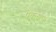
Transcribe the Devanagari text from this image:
पेवलॉफ